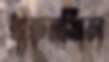
ধারুনশিল